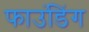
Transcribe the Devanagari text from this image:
फाउंडिंग